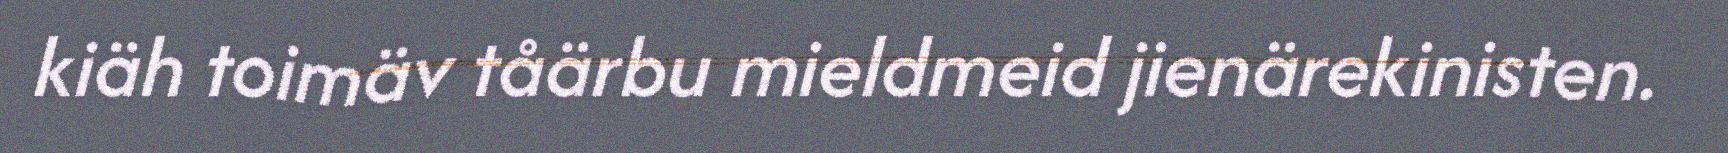
kiäh toimäv tåärbu mieldmeid jienärekinisten.